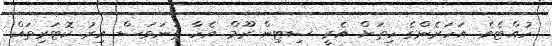
ހުއްޓެވެ. އަހަރެންގެ ހިތަށް އެރީ ސިޓިން ރޫމް އެހާ ތަނަވަސް އިރު ކޮޓަރިތައް